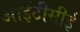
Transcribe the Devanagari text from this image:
आईटीसीई